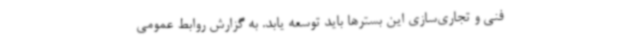
فنی و تجاری‌سازی این بسترها باید توسعه یابد. به گزارش روابط عمومی